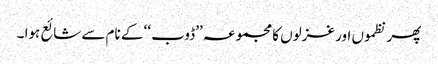
پھر نظموں اور غزلوں کا مجموعہ ’’ڈوب ‘‘ کے نام سے شائع ہوا ۔